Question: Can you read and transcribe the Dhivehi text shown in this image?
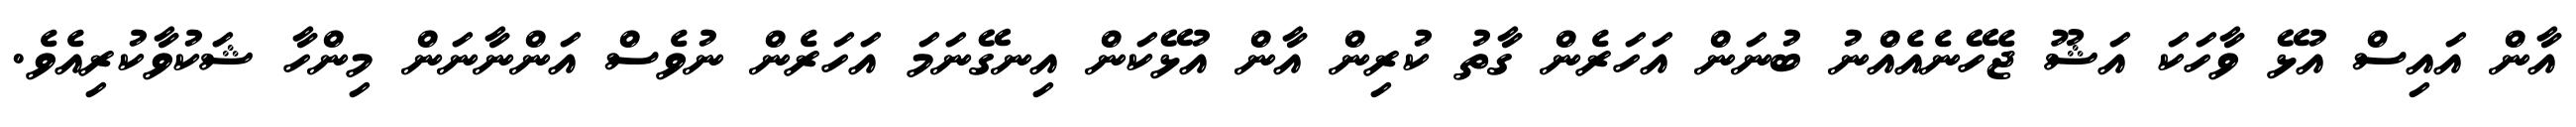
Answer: އާން އައިސް އުޅޭ ވާހަކަ އަޝޫ ޖެހޭނެއެއްނު ބުނަން އަހަރެން ގާތު ކުރިން އާން އުޅޭކަން އިނގޭނަމަ އަހަރެން ނުވެސް އަންނާނަން މިންހާ ޝަކުވާކުރިއެވެ.